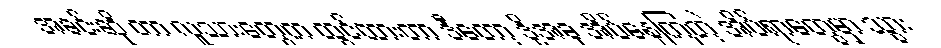
အခင်းဆို တာ လူသားတွေက ထွင်ထားတာ ဒီတော့ ဒို့အခု အိပ်နေကြတဲ့ အိပ်ရာတွေမှာ သွား